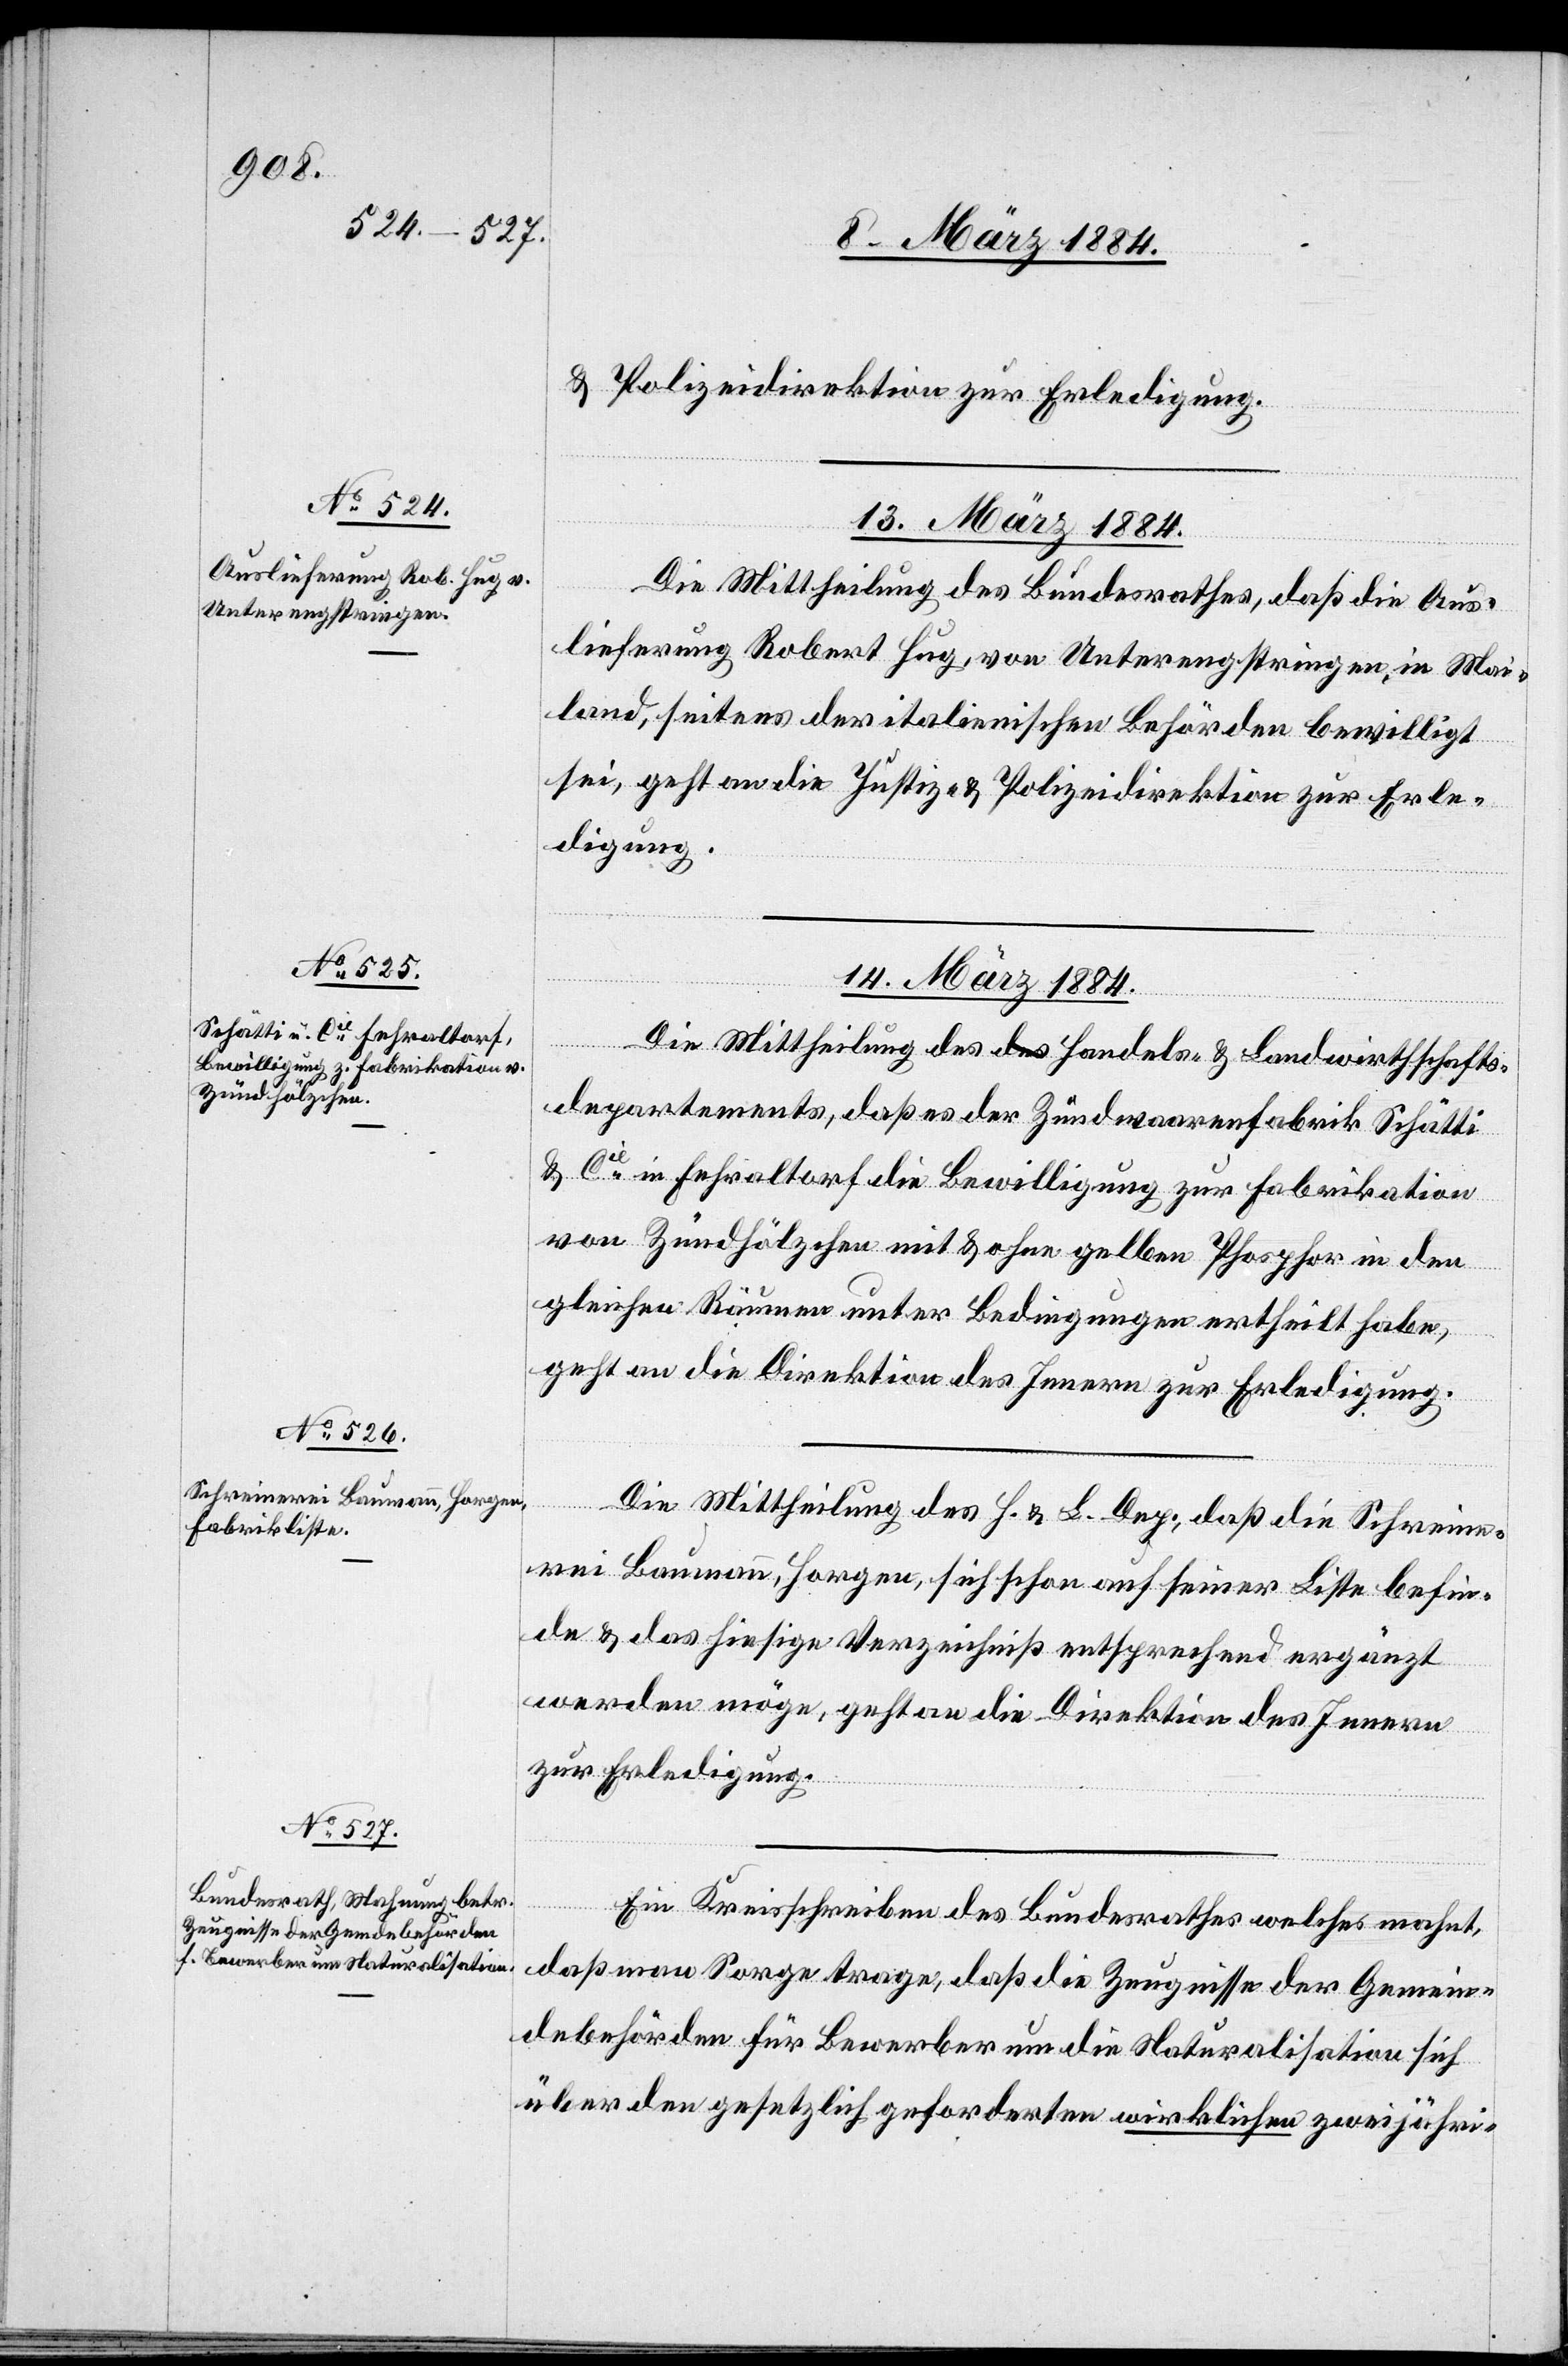
& Polizeidirektion zur Erledigung.
13. März 1884.
Die Mittheilung des Bundesrathes, daß die Aus¬
lieferung Robert Hug, von Unterengstringen, in Mai¬
land, seitens der italienischen Behörden bewilligt
sei, geht an die Justiz- & Polizeidirektion zur Erle¬
digung.
14. März 1884.]
Die Mittheilung des Handels- & Landwirtschafts¬
departements, daß es der Zündwaarenfabrik Schätti
& Cie in Fehraltorf die Bewilligung zur Fabrikation
von Zündhölzchen mit & ohne gelben Phosphor in den
gleichen Räumen unter Bedingungen ertheilt habe,
geht an die Direktion des Innern zur Erledigung.
Die Mittheilung des H. & L. Dep., daß die Schreine¬
rei Baumann, Horgen, sich schon auf seiner Liste befin¬
de & das hiesige Verzeichniß entsprechend ergänzt
werden möge, geht an die Direktion des Innern
zur Erledigung.
Ein Kreisschreiben des Bundesrathes welches mahnt,
daß man Sorge trage, daß die Zeugnisse der Gemein¬
debehörden für Bewerber um die Naturalisation sich
über den gesetzlich geforderten wirklichen zweijähri-